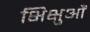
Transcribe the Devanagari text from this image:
भिक्षुऔं